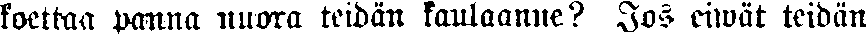
koettaa panna nuora teidän kaulaanne? Jos eiwät teidän